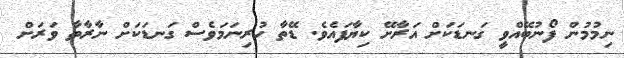
ނިމުމުން ފޯނުބޭއްވީ ގަނޑަކަށް އަރާށޭ ކިޔާފައެވެ. ޑޭތާ ހުރިނަމަވެސް ގަނޑަކަށް ނާރާތާ ވަރަށް